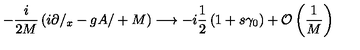
- \frac { i } { 2 M } \left( i \partial / _ { x } - g { A / } + M \right) \longrightarrow - i \frac { 1 } { 2 } \left( 1 + s \gamma _ { 0 } \right) + { \cal O } \left( \frac { 1 } { M } \right)